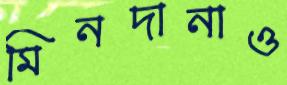
মিনদানাও